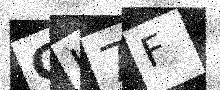
Text: GI7F